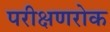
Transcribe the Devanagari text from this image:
परीक्षणरोक